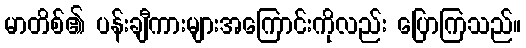
မာတိစ်၏ ပန်းချီကားများအကြောင်းကိုလည်း ပြောကြသည်။